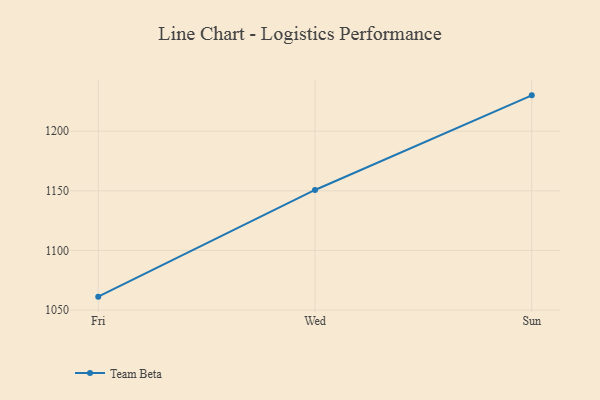
{"axis": {"x": "Day", "y": "Waste Production (Tons)"}, "legend": ["Team Beta"], "data": [{"x": "Fri", "y": 1061.3, "type": "Team Beta"}, {"x": "Wed", "y": 1150.7, "type": "Team Beta"}, {"x": "Sun", "y": 1230.0, "type": "Team Beta"}]}